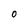
Character: 0